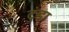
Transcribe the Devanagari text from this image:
टुंडा